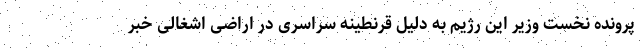
پرونده نخست وزیر این رژیم به دلیل قرنطینه سراسری در اراضی اشغالی خبر